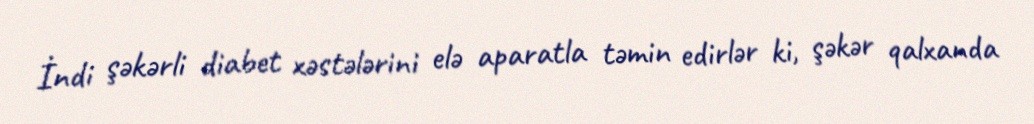
İndi şəkərli diabet xəstələrini elə aparatla təmin edirlər ki, şəkər qalxanda